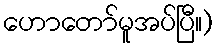
ဟောတော်မူအပ်ပြီ။)